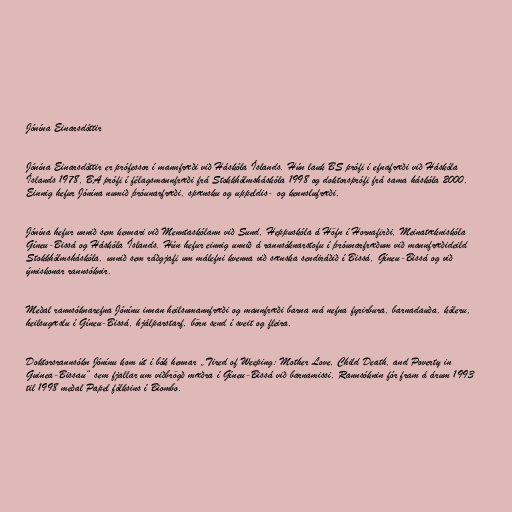
Jónína Einarsdóttir

Jónína Einarsdóttir er prófessor í mannfræði við Háskóla Íslands. Hún lauk BS prófi í efnafræði við Háskóla
Íslands 1978, BA prófi í félagsmannfræði frá Stokkhólmsháskóla 1998 og doktorsprófi frá sama háskóla 2000.
Einnig hefur Jónína numið þróunarfræði, spænsku og uppeldis- og kennslufræði.

Jónína hefur unnið sem kennari við Menntaskólann við Sund, Heppuskóla á Höfn í Hornafirði, Meinatækniskóla
Gíneu-Bissá og Háskóla Íslands. Hún hefur einnig unnið á rannsóknarstofu í þróunarfræðum við mannfræðideild
Stokkhólmsháskóla, unnið sem ráðgjafi um málefni kvenna við sænska sendiráðið í Bissá, Gíneu-Bissá og við
ýmiskonar rannsóknir.

Meðal rannsóknarefna Jónínu innan heilsumannfræði og mannfræði barna má nefna fyrirbura, barnadauða, kóleru,
heilsugæslu í Gíneu-Bissá, hjálparstarf, börn send í sveit og fleira.

Doktorsrannsókn Jónínu kom út í bók hennar „Tired of Weeping: Mother Love, Child Death, and Poverty in
Guinea-Bissau“ sem fjallar um viðbrögð mæðra í Gíneu-Bissá við barnamissi. Rannsóknin fór fram á árum 1993
til 1998 meðal Papel fólksins í Biombo.